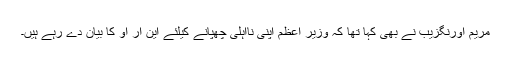
مریم اورنگزیب نے بھی کہا تھا کہ وزیر اعظم اپنی نااہلی چھپانے کیلئے این آر او کا بیان دے رہے ہیں۔